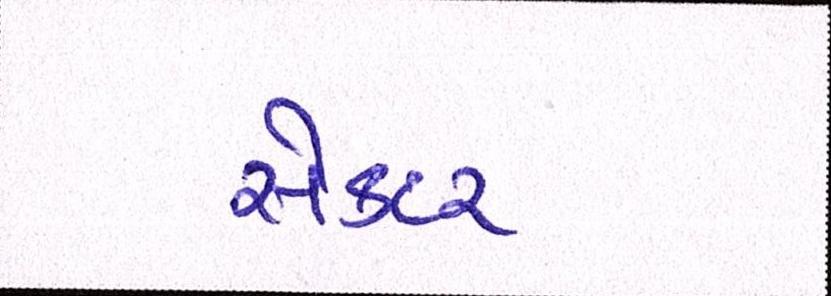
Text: સેકટર